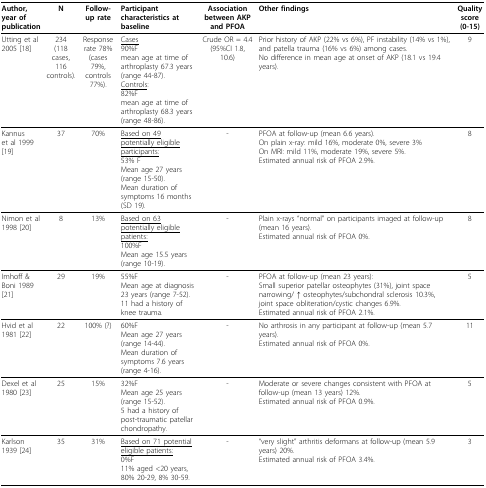
<table><thead><tr><td><b>Author, year of publication</b></td><td><b>N</b></td><td><b>Follow-up rate</b></td><td><b>Participant characteristics at baseline</b></td><td><b>Association between AKP and PFOA</b></td><td><b>Other findings</b></td><td><b>Quality score (0-15)</b></td></tr></thead><tbody><tr><td>Utting et al 2005 [18]</td><td>234(118 cases, 116controls).</td><td>Response rate 78%(cases 79%, controls 77%).</td><td><underline>Cases</underline>90%Fmean age at time of arthroplasty 67.3 years (range 44-87).<underline>Controls</underline>:82%Fmean age at time of arthroplasty 68.3 years (range 48-86).</td><td>Crude OR = 4.4 (95%CI 1.8, 10.6)</td><td>Prior history of AKP (22% vs 6%), PF instability (14% vs 1%), and patella trauma (16% vs 6%) among cases.No difference in mean age at onset of AKP (18.1 vs 19.4 years).</td><td>9</td></tr><tr><td>Kannus et al 1999 [19]</td><td>37</td><td>70%</td><td><underline>Based on 49 potentially eligible participants:</underline>53% FMean age 27 years (range 15-50).Mean duration of symptoms 16 months (SD 19).</td><td>-</td><td>PFOA at follow-up (mean 6.6 years).On plain x-ray: mild 16%, moderate 0%, severe 3%On MRI: mild 11%, moderate 19%, severe 5%.Estimated annual risk of PFOA 2.9%.</td><td>8</td></tr><tr><td>Nimon et al 1998 [20]</td><td>8</td><td>13%</td><td><underline>Based on 63 potentially eligible patients:</underline>100%FMean age 15.5 years (range 10-19).</td><td>-</td><td>Plain x-rays &quot;normal&quot; on participants imaged at follow-up (mean 16 years).Estimated annual risk of PFOA 0%.</td><td>8</td></tr><tr><td>Imhoff &amp; Boni 1989 [21]</td><td>29</td><td>19%</td><td>55%FMean age at diagnosis 23 years (range 7-52).11 had a history of knee trauma.</td><td>-</td><td>PFOA at follow-up (mean 23 years):Small superior patellar osteophytes (31%), joint space narrowing/ ↑ osteophytes/subchondral sclerosis 10.3%, joint space obliteration/cystic changes 6.9%.Estimated annual risk of PFOA 2.1%.</td><td>5</td></tr><tr><td>Hvid et al 1981 [22]</td><td>22</td><td>100% (?)</td><td>60%FMean age 27 years (range 14-44).Mean duration of symptoms 7.6 years (range 4-16).</td><td>-</td><td>No arthrosis in any participant at follow-up (mean 5.7 years).Estimated annual risk of PFOA 0%.</td><td>11</td></tr><tr><td>Dexel et al 1980 [23]</td><td>25</td><td>15%</td><td>32%FMean age 25 years (range 15-52).5 had a history of post-traumatic patellar chondropathy.</td><td>-</td><td>Moderate or severe changes consistent with PFOA at follow-up (mean 13 years) 12%.Estimated annual risk of PFOA 0.9%.</td><td>5</td></tr><tr><td>Karlson 1939 [24]</td><td>35</td><td>31%</td><td><underline>Based on 71 potential eligible patients:</underline>0%F11% aged &lt;20 years, 80% 20-29, 8% 30-59.</td><td>-</td><td>&quot;very slight&quot; arthritis deformans at follow-up (mean 5.9 years) 20%.Estimated annual risk of PFOA 3.4%.</td><td>3</td></tr></tbody></table>